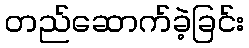
တည်ဆောက်ခဲ့ခြင်း